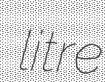
litre